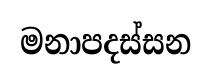
මනාපදස්සන